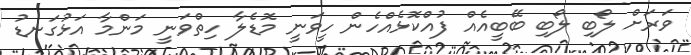
ވަރަށް ލޯބި ލޯބި ބޭބީއެއް ފުއްކޮޅެއްހެން ހީވަނީ މޮޑެލާ ހިތްވަނީ މަންމާ އަޅުގަނޑު